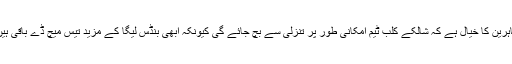
ماہرین کا خیال ہے کہ شالکے کلب ٹیم امکانی طور پر تنزلی سے بچ جائے گی کیونکہ ابھی بنڈس لیگا کے مزید تیس میچ ڈے باقی ہیں۔